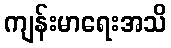
ကျန်းမာရေးအသိ